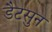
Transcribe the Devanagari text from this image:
डैटसुन